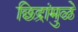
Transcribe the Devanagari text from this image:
छिद्रांमुळे